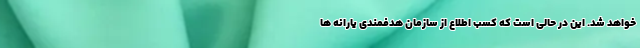
خواهد شد. این در حالی است که کسب اطلاع از سازمان هدفمندی یارانه ها